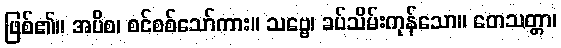
ဖြစ်၏။ အပိစ၊ စင်စစ်သော်ကား။ သဗ္ဗေ၊ ခပ်သိမ်းကုန်သော။ တေသတ္တာ၊